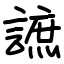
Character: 謶